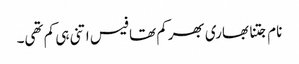
نام جتنا بھاری بھرکم تھا فیس اتنی ہی کم تھی۔